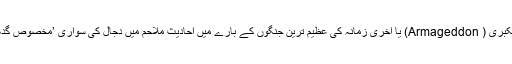
ملحمہ عظمیٰ یا ملحمۃ الکبریٰ ( Armageddon) یا آخری زمانہ کی عظیم ترین جنگوں کے بارے میں احادیثِ ملاحم میں دجال کی سواری ’مخصوص گدھا‘ ہی بیان کی گئی ہے۔